Civil Veterinary Department. Madras. Admin. report 1926-33 - 1926-1933
Year: 1926
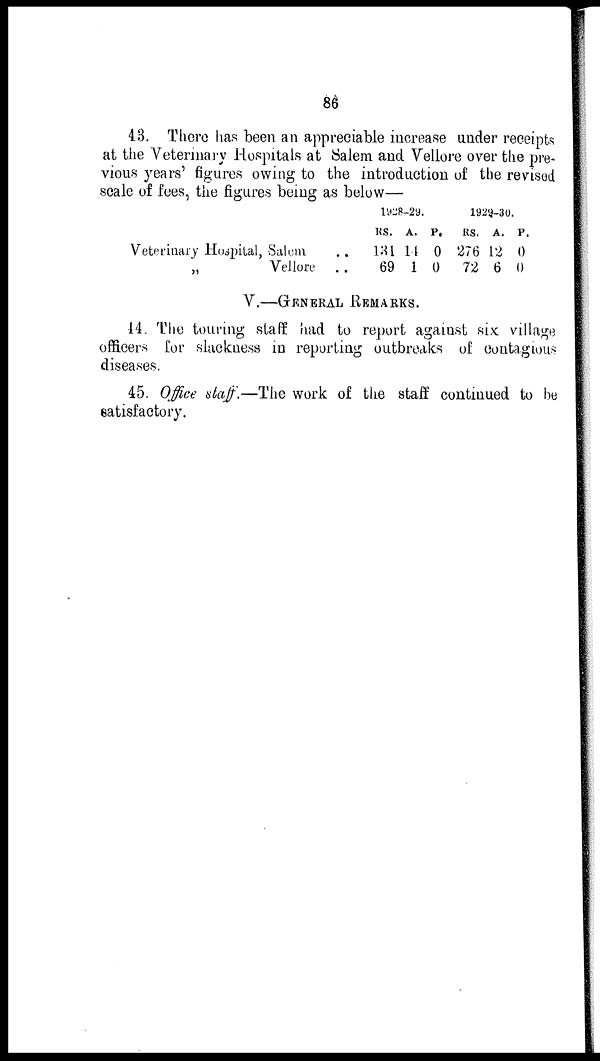
86
43. There has been an appreciable increase under receipts
at the Veterinary Hospitals at Salem and Vellore over the pre-
vious years' figures owing to the introduction of the revised
scale of fees, the figures being as below—
Veterinary Hospital, Salem. ..
„
Vellore ..
1928-29.
RS.
131
69
A.
14
1
P.
0
0
1929-30.
Rs.
276
72
A.
12
6
P.
0
0
V.—GENERAL REMARKS.
44. The touring staff had to report against six village
officers for slackness in reporting outbreaks of contagious
diseases.
45. Office staff.—The work of the staff continued to be
satisfactory.